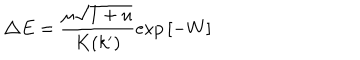
\triangle E = \frac { \mu \sqrt { 1 + u } } { K ( k ^ { \prime } ) } \exp { [ - W ] }